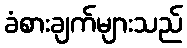
ခံစားချက်များသည်